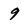
Character: 9